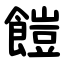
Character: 䭓